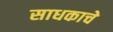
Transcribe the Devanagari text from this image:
साधकाचे